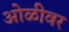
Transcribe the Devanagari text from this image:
ओळीवर